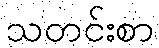
သတင်းစာ